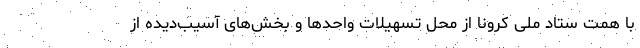
با همت ستاد ملی کرونا از محل تسهیلات واحدها و بخش‌های آسیب‌دیده از